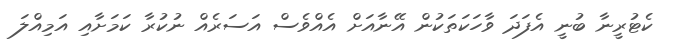
ކެޓުރީނާ ބުނީ އެފަދަ ވާހަކަތަކުން އޭނާއަށް އެއްވެސް އަސަރެއް ނުކުރާ ކަމަށާއި އަމިއްލަ